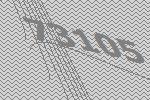
73105